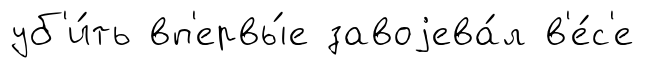
уб'и́ть вп'ервы́е завоjева́л в'е́с'е